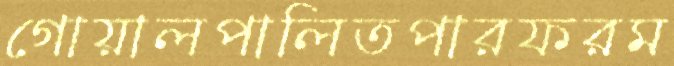
গোয়ালপালিতপারফরম